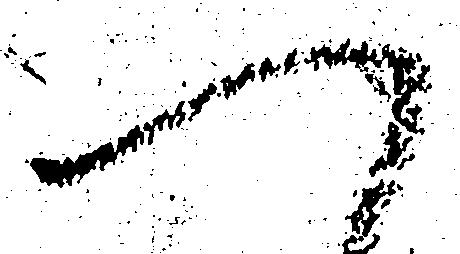
へ